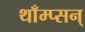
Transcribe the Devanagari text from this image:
थाँम्प्सन्